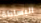
البساطة